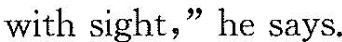
with sight," he says.